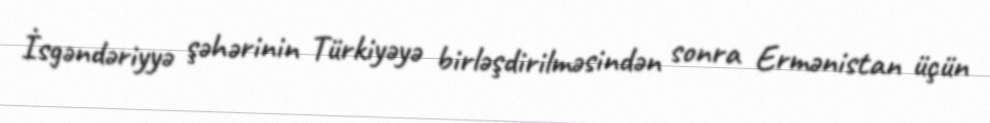
İsgəndəriyyə şəhərinin Türkiyəyə birləşdirilməsindən sonra Ermənistan üçün